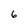
Character: 6